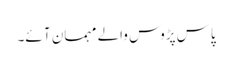
پاس پڑوس والے مہمان آ ئے۔